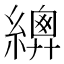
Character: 𦅳